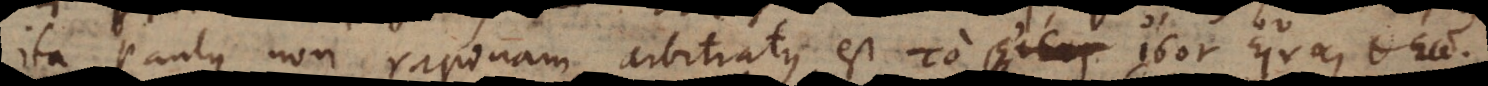
ita Paulus non rapinam arbitratus est το ι σ